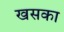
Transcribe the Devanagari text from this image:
खसका